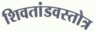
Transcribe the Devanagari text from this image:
शिवतांडवस्तोत्र